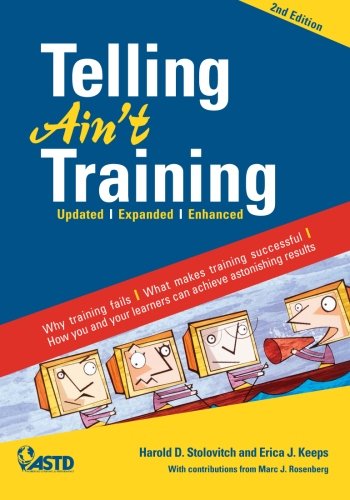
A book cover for Telling Ain't Training: Updated, Expanded, Enhanced; Harold D. Stolovitch; Business & Money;